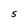
Character: 5